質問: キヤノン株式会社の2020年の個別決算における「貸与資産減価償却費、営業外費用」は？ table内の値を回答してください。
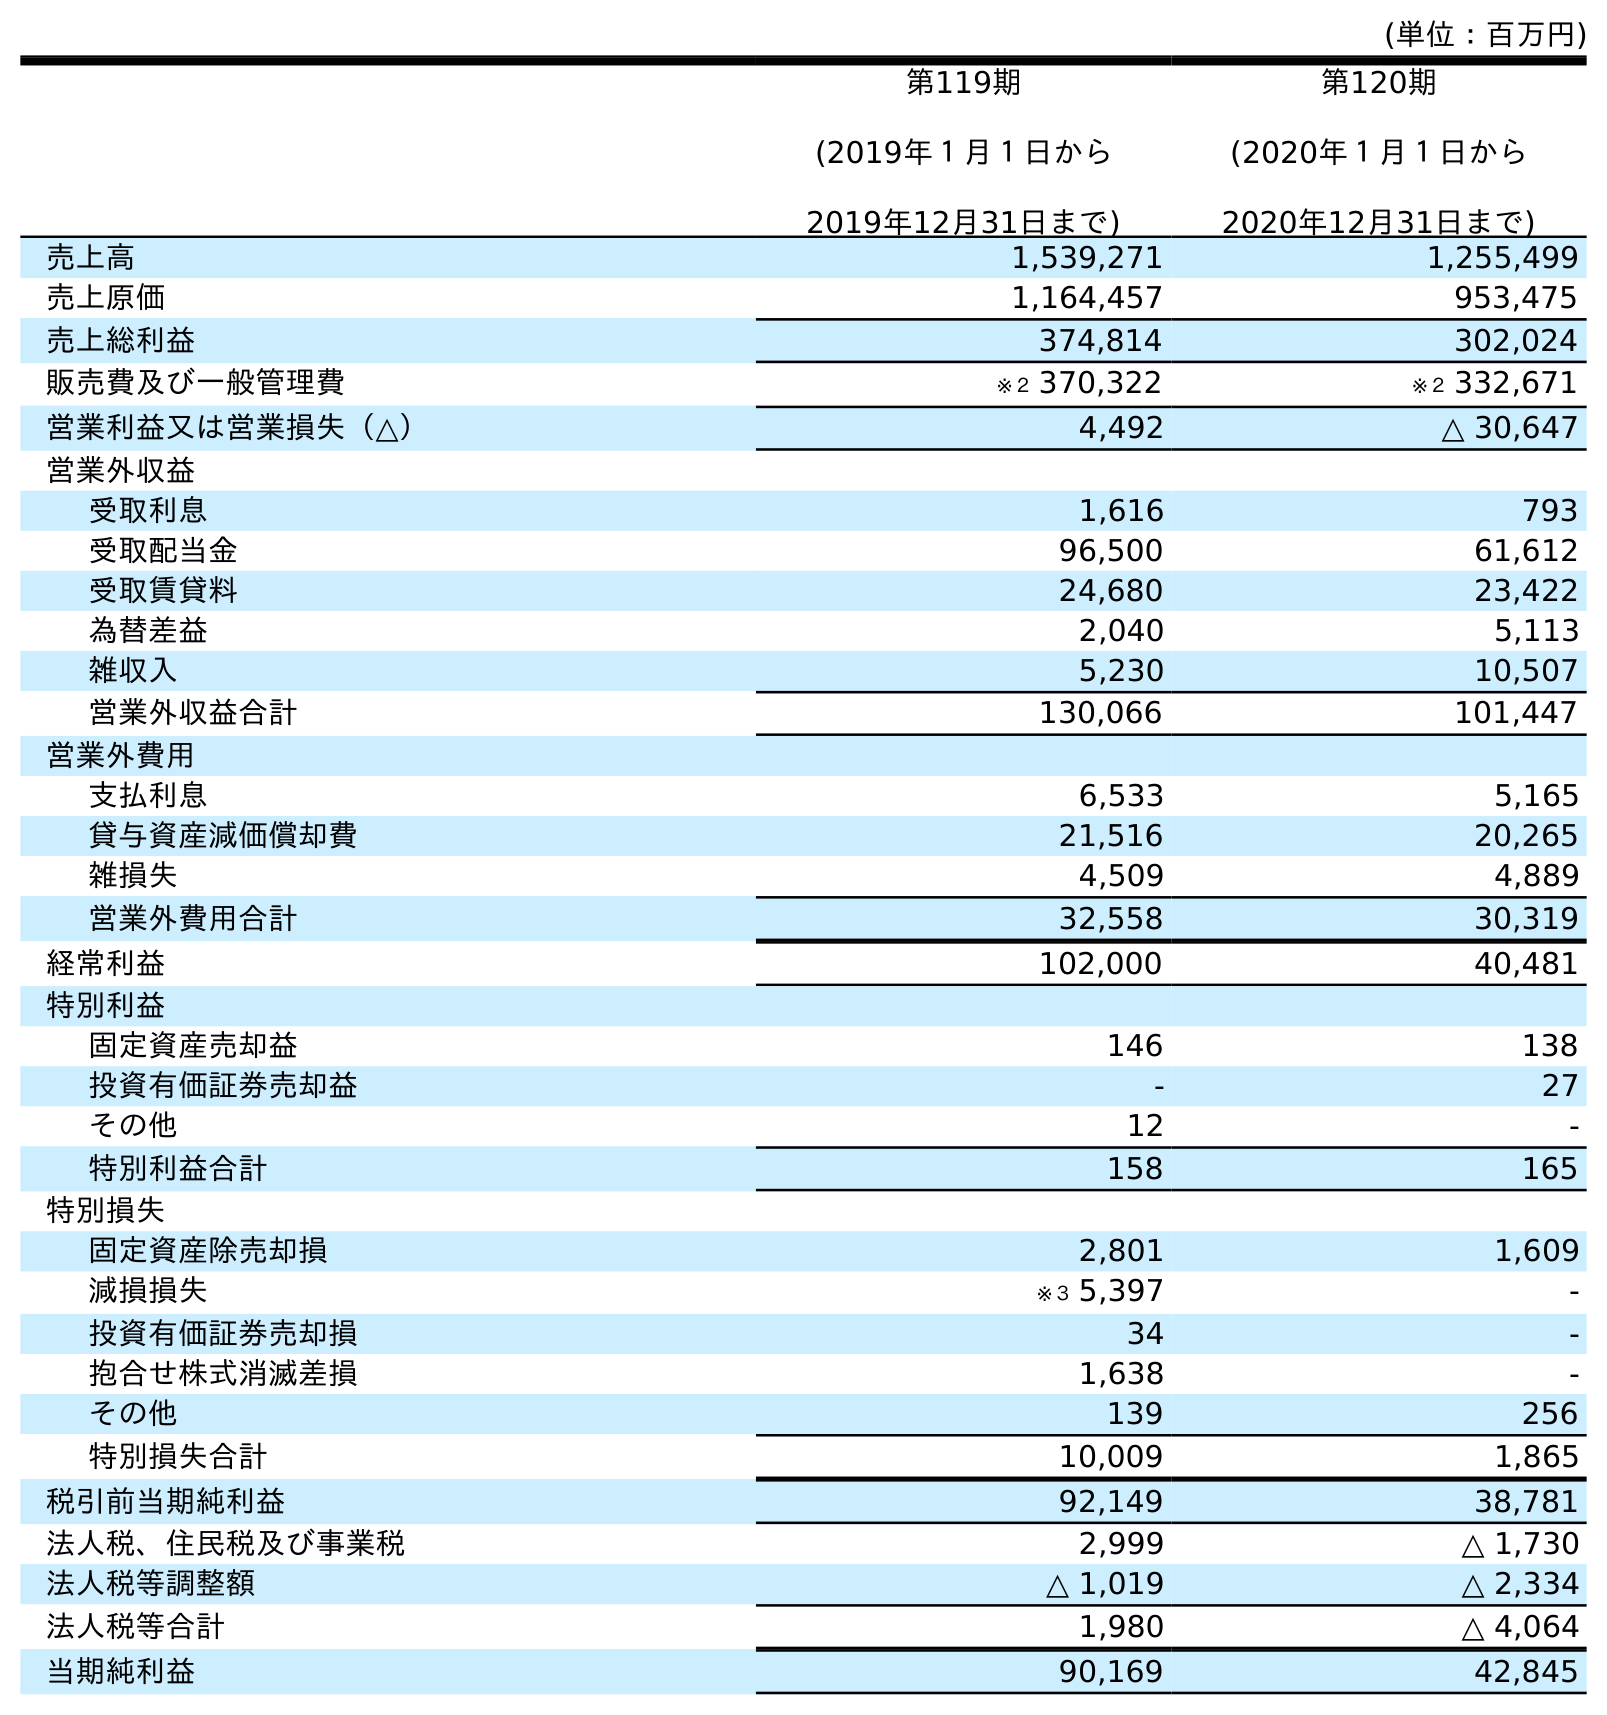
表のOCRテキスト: (単位：百万円) 第119期 (2019年１月１日から 2019年12月31日まで) 第120期 (2020年１月１日から 2020年12月31日まで) 売上高 1,539,271 1,255,499 売上原価 1,164,457 953,475 売上総利益 374,814 302,024 販売費及び一般管理費 ※２ 370,322 ※２ 332,671 営業利益又は営業損失（△） 4,492 △ 30,647 営業外収益 受取利息 1,616 793 受取配当金 96,500 61,612 受取賃貸料 24,680 23,422 為替差益 2,040 5,113 雑収入 5,230 10,507 営業外収益合計 130,066 101,447 営業外費用 支払利息 6,533 5,165 貸与資産減価償却費 21,516 20,265 雑損失 4,509 4,889 営業外費用合計 32,558 30,319 経常利益 102,000 40,481 特別利益 固定資産売却益 146 138 投資有価証券売却益 - 27 その他 12 - 特別利益合計 158 165 特別損失 固定資産除売却損 2,801 1,609 減損損失 ※３ 5,397 - 投資有価証券売却損 34 - 抱合せ株式消滅差損 1,638 - その他 139 256 特別損失合計 10,009 1,865 税引前当期純利益 92,149 38,781 法人税、住民税及び事業税 2,999 △ 1,730 法人税等調整額 △ 1,019 △ 2,334 法人税等合計 1,980 △ 4,064 当期純利益 90,169 42,845
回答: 20,265